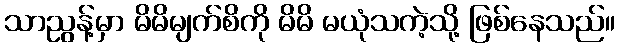
သာညွန့်မှာ မိမိမျက်စိကို မိမိ မယုံသကဲ့သို့ ဖြစ်နေသည်။